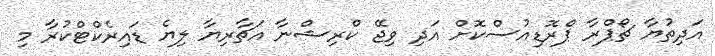
އަދިތުޔާ ޗޯޕްރާ ޕްރޮޑިއުސްކޮށް އަދި ވިޖޭ ކްރިޝްނާ އަޗާރިޔާ ލިޔެ ޑައިރެކްޓްކުރާ މި